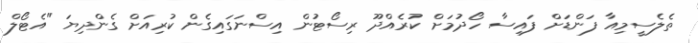
ތެލެސީމިއާ ފަންޑަށް ފައިސާ ހޯދުމަށް ކުރެއްދޫ ރިސޯޓުން އިސްނަގައިގެން ކުރިއަށް ގެންދިޔަ "އެޓޯލް